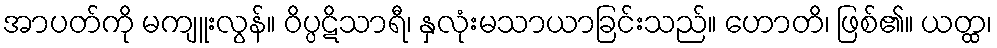
အာပတ်ကို မကျူးလွန်။ ဝိပ္ပဋိသာရီ၊ နှလုံးမသာယာခြင်းသည်။ ဟောတိ၊ ဖြစ်၏။ ယတ္ထ၊